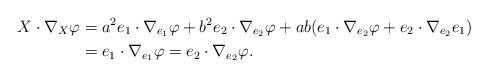
LaTeX: \begin{align*}X \cdot \nabla_X \varphi &= a^2 e_1\cdot\nabla_{e_1} \varphi + b^2 e_2 \cdot\nabla_{e_2} \varphi + ab (e_1 \cdot \nabla_{e_2}\varphi + e_2 \cdot \nabla_{e_2}e_1)\\&=e_1 \cdot \nabla_{e_1} \varphi = e_2 \cdot \nabla_{e_2} \varphi.\end{align*}